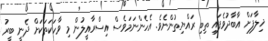
ޚިލާފަށް އާބާދުވެފައި ތިބި ރައްޔިތުންނެވެ. އެހެންނަމަވެސް އިސްރާއީލުން މި ވާހަކަތަކަށް ދެނީ ބީރު